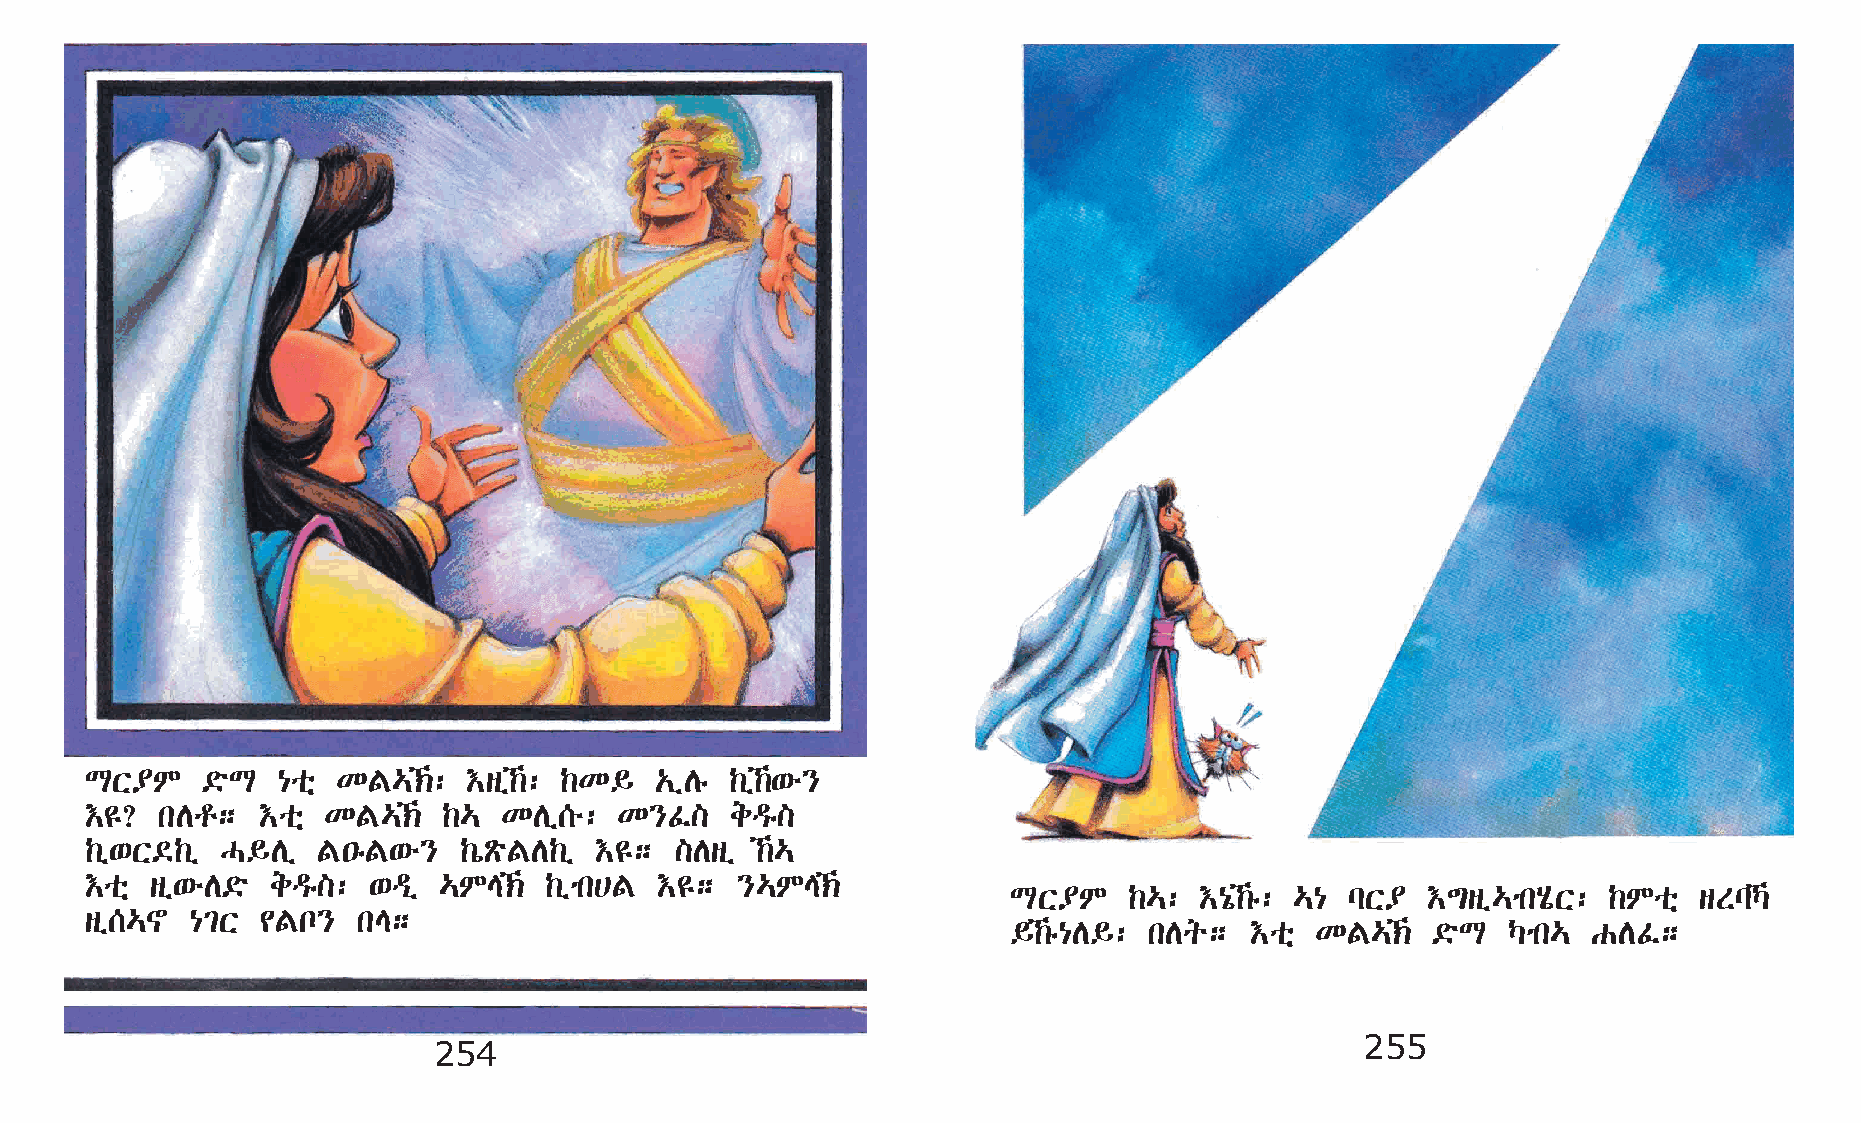
LX¥M   ©öL  {oñ KF…‹:   †sï‰: ‰K§  „ïDê ‰ï‰‘é}
 †£? kDr;   †oñ KF…‹   ‰…  KDï[é:  K}Ê]   eªê]
 ‰ï‘X©‰ï  H§Dï  F•êF‘é}  ‰òÃöFD‰ï †£;   ]Dsï ‰…
 †oñ sï‘éD©ö eªê]: ‘ªï  …ME‹  ‰ïmk@F †£;   }…ME‹
 LX¥M    ‰…: †{ó‰ê: …{ lX¥ †´sï…mkAôX: ‰Moñ  sSlŠ
 sï[…~  {²X ¢Fn}   kE;
 §‰ê{D§: kDq;   †oñ KF…‹   ©öL  Šmk… GDÊ;
 255
 254